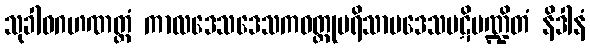
သုခါဝဂဟဏတ္ထံ ကာလဒေသဒေသကဝတ္ထုပရိသာပဒေသပဋိမဏ္ဍိတံ နိဒါနံ